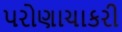
પરોણાચાકરી